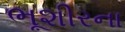
ભૂશીરના